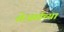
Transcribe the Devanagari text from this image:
शेअर्सच्या